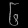
Digit: ၆